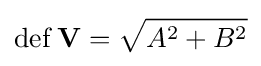
\operatorname {def} \mathbf {V} ={\sqrt {A^{2}+B^{2}}}